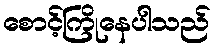
စောင့်ကြိုနေပါသည်